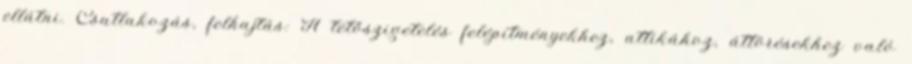
ellátni. Csatlakozás, felhajtás: A tetőszigetelés felépítményekhez, attikához, áttörésekhez való